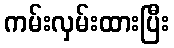
ကမ်းလှမ်းထားပြီး